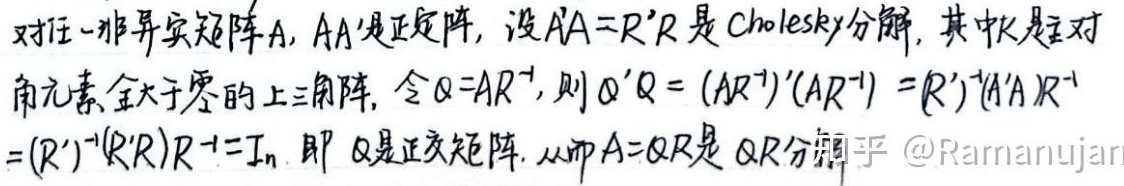
对任一非异实矩阵\(A\)，\(AA'\)是正定阵，设\(AA' = R'R\)是 Cholesky 分解，其中\(R\)是主对角元素全大于零的上三角阵，令\(Q = AR^{-1}\)，则\(Q'Q=(AR^{-1})'(AR^{-1})=R'^{-1}(A'A)R^{-1}=(R'^{-1}(R'R)R^{-1}=I_n\)。即\(Q\)是正交矩阵，从而\(A = QR\)是\(QR\)分解。知乎 @Ramanujan 。